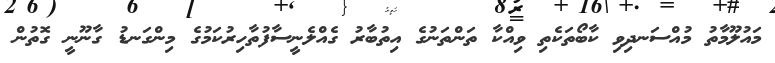
މައުލޫމާތު މުއްސަނދިވި ކާބޯތަކެތި ވިއްކާ ތަންތަނުގެ އިތުބާރު ގެއްލެނީސާފުތާހިރުކަމުގެ މިންގަނޑު ގާނޫނީ ގޮތުން